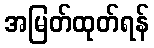
အမြတ်ထုတ်ရန်